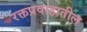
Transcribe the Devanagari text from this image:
रक्तप्रवाहातील